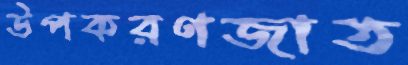
উপকরণজাত